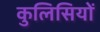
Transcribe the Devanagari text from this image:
कुलिसियों